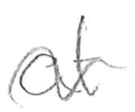
Text: at
Cross-out: wave
Writing tool: pencil